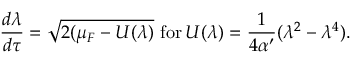
\frac { d \lambda } { d \tau } = \sqrt { 2 ( \mu _ { F } - U ( \lambda ) } \, \, \mathrm { f o r } \, U ( \lambda ) = \frac { 1 } { 4 \alpha ^ { \prime } } ( \lambda ^ { 2 } - \lambda ^ { 4 } ) .